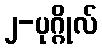
၂-ပုဂ္ဂိုလ်